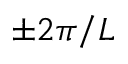
\pm 2 \pi / L